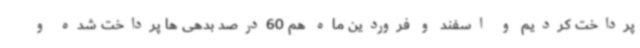
پرداخت کردیم و اسفند و فروردین ماه هم 60درصد بدهی ها پرداخت شده و